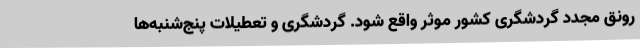
رونق مجدد گردشگری کشور موثر واقع شود. گردشگری و تعطیلات پنج‌شنبه‌ها